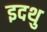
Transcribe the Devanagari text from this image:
इदथु